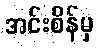
အင်းစိန်မှ